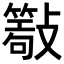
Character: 𣀖